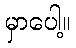
မှာပေါ့။